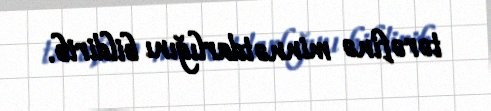
tərəfinə minnətdarlığını bildirib.